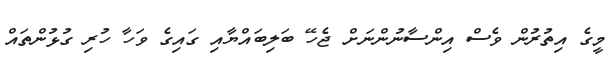
މީގެ އިތުރުން ވެސް އިންސާނުންނަށް ޖެހޭ ބަލިބައްޔާއި ގައިގެ ވަހާ ހުރި ގުޅުންތައް